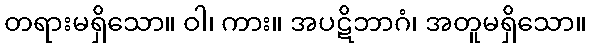
တရားမရှိသော။ ဝါ၊ ကား။ အပဋိဘာဂံ၊ အတူမရှိသော။